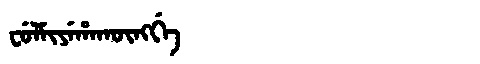
Manchu: ᠸᡠᠯᠮᡳᠶᡝᡥᠠᡴᡡᠩᡤᡝ
Romanization: FULMIYEHAKŪNGGE